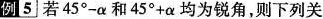
例5 若$$45^{\circ}-\alpha$$ 和$$45^{\circ}+\alpha $$均为锐角，则下列关